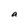
Character: a